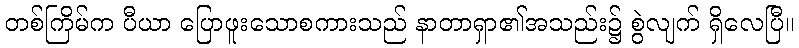
တစ်ကြိမ်က ပီယာ ပြောဖူးသောစကားသည် နာတာရှာ၏အသည်း၌ စွဲလျက် ရှိလေပြီ။